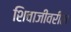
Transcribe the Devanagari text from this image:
शिवाजीवरील